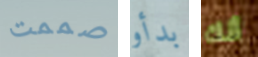
صممت بدأو أنك